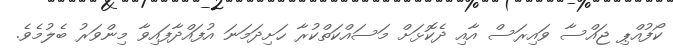
ކޯފުއްޕި ޖައްސާ ވައިރަސް އާއި ދެކޮޅަށް މަސައްކަތްކުރާ ހަށިދަމަނަ އުފައްދާފައިވާ މިންވަރު ބެލުމެވެ.